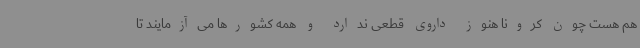
هم هست چون کرونا هنوز داروی قطعی ندارد و همه کشورها می‌آزمایند تا